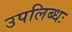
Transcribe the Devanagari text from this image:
उपलिब्धः